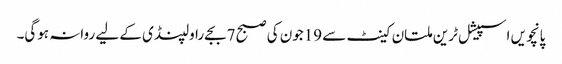
پانچویں اسپیشل ٹرین ملتان کینٹ سے 19جون کی صبح 7بجے راولپنڈی کے لیے روانہ ہوگی۔